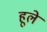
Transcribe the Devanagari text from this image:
हूले